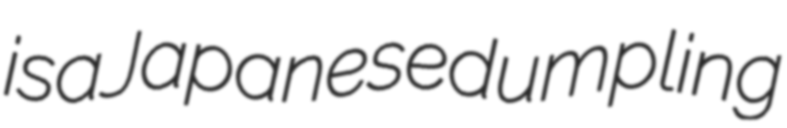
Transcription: is a Japanese dumpling